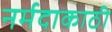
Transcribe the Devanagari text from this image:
नर्मदाकाठी